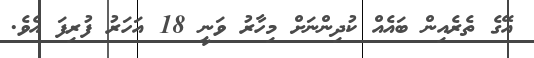
އޭގެ ތެރެއިން ބައެއް ކުދިންނަށް މިހާރު ވަނީ 18 އަހަރު ފުރިފަ އެވެ.